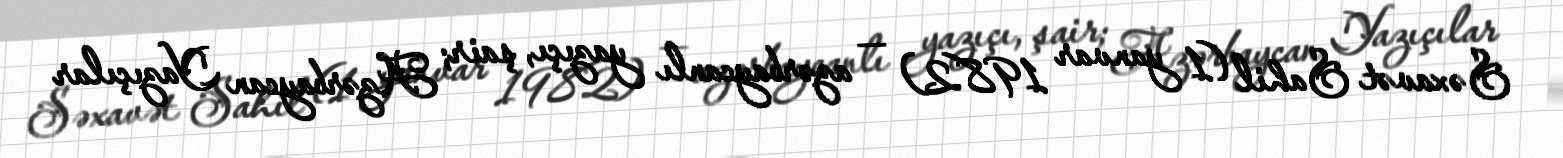
Səxavət Sahil (1 yanvar 1982) — azərbaycanlı yazıçı, şair; Azərbaycan Yazıçılar